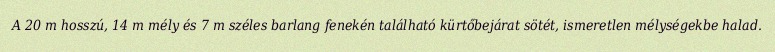
A 20 m hosszú, 14 m mély és 7 m széles barlang fenekén található kürtőbejárat sötét, ismeretlen mélységekbe halad.